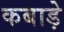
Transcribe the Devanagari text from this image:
कबाड़े